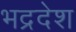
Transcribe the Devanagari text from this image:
भद्रदेश